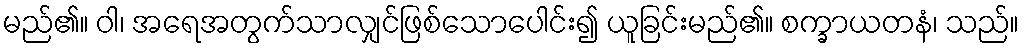
မည်၏။ ဝါ၊ အရေအတွက်သာလျှင်ဖြစ်သောပေါင်း၍ ယူခြင်းမည်၏။ စက္ခာယတနံ၊ သည်။